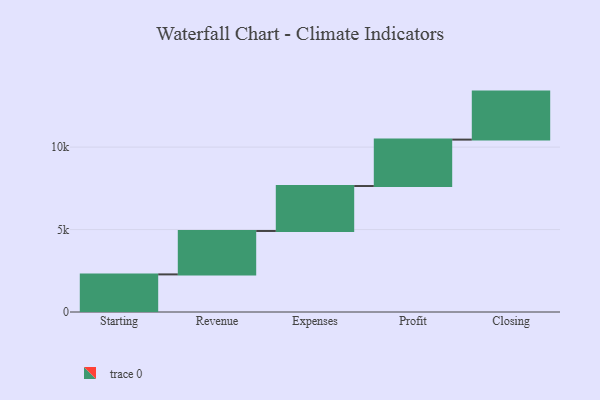
{"axis": {"x": "Step", "y": "Value"}, "legend": [""], "data": [{"x": "Starting", "y": 2281.0, "type": ""}, {"x": "Revenue", "y": 2634.0, "type": ""}, {"x": "Expenses", "y": 2726.0, "type": ""}, {"x": "Profit", "y": 2816.0, "type": ""}, {"x": "Closing", "y": 2912.0, "type": ""}]}